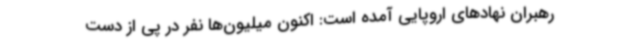
رهبران نهادهای اروپایی آمده است: اکنون میلیون‌ها نفر در پی از دست